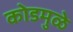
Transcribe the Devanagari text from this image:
कोडमुळे